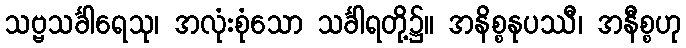
သဗ္ဗသင်္ခါရေသု၊ အလုံးစုံသော သင်္ခါရတို့၌။ အနိစ္စနုပဿီ၊ အနီစ္စဟု